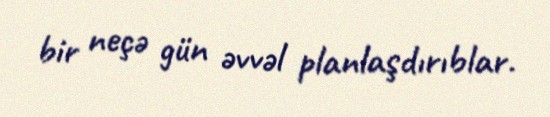
bir neçə gün əvvəl planlaşdırıblar.